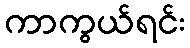
ကာကွယ်ရင်း